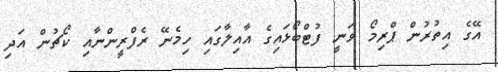
އޭގެ އިތުރުން ޕްރިމޯ ވަނީ ފުޓްބޯޅައިގެ އާއިލާގައި ހިމެނޭ ރެފްރީންނާއި ކޯޗުން އަދި